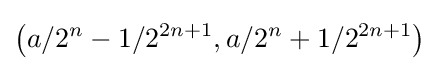
\left(a/2^{n}-1/2^{2n+1},a/2^{n}+1/2^{2n+1}\right)